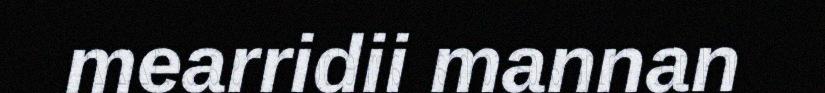
mearridii mannan